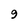
Character: 9